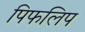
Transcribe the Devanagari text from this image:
पिफलिप